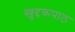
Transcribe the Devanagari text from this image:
खुद्दकपाठ